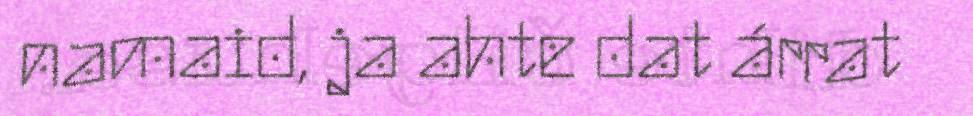
namaid, ja ahte dat árrat